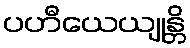
ပဟီယေယျုန္တိ